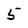
Character: 5